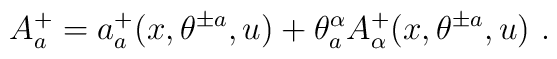
A^+_a = a^+_a (x, \theta^{\pm a}, u) + \theta^\alpha_a A^+_\alpha (x,\theta^{\pm a}, u) \ .